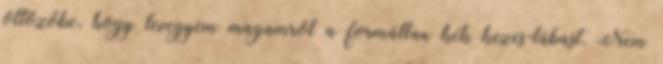
öltözőbe, hogy levegyem magamról a formátlan kék kezes-lábast. Nem